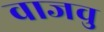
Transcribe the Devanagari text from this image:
वाजवु